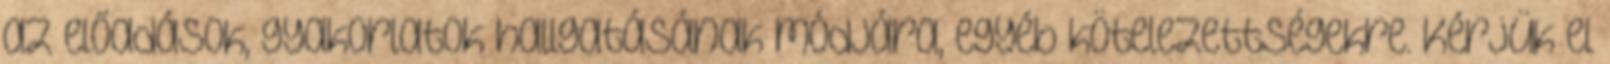
az előadások, gyakorlatok hallgatásának módjára, egyéb kötelezettségekre. Kérjük el